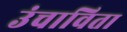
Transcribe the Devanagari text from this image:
उंचाविता